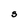
Character: S